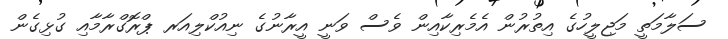
ސަލާމަތީ މަޖިލީހުގެ އިތުރުން އެމެރިކާއިން ވެސް ވަނީ އީރާނުގެ ނިއުކްލިއަރ ޕްރޮގްރާމާއި ގުޅިގެން